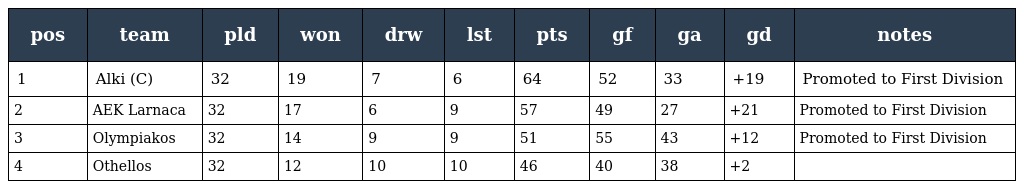
| pos | team | pld | won | drw | lst | pts | gf | ga | gd | notes |
 | --- | --- | --- | --- | --- | --- | --- | --- | --- | --- | --- |
 | 1 | Alki (C) | 32 | 19 | 7 | 6 | 64 | 52 | 33 | +19 | Promoted to First Division |
 | 2 | AEK Larnaca | 32 | 17 | 6 | 9 | 57 | 49 | 27 | +21 | Promoted to First Division |
 | 3 | Olympiakos | 32 | 14 | 9 | 9 | 51 | 55 | 43 | +12 | Promoted to First Division |
 | 4 | Othellos | 32 | 12 | 10 | 10 | 46 | 40 | 38 | +2 |  |